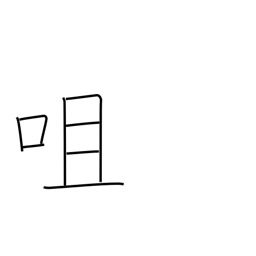
Meaning: bite